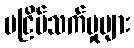
မငြိမ်သက်မှုများ